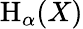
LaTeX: \mathrm{H}_{\alpha}(X)